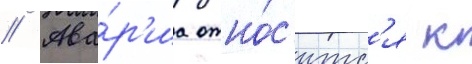
// Ава́р'иа отно́с'итс'я к